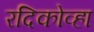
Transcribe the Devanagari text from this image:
रदिकोव्हा